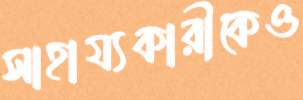
সাহায্যকারীকেও